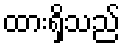
ထားရှိသည်